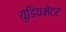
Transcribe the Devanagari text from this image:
युडियमेटर